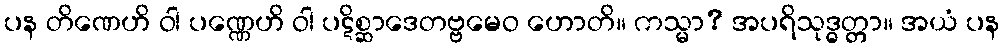
ပန တိဏေဟိ ဝါ ပဏ္ဏေဟိ ဝါ ပဋိစ္ဆာဒေတဗ္ဗမေဝ ဟောတိ။ ကသ္မာ? အပရိသုဒ္ဓတ္တာ။ အယံ ပန